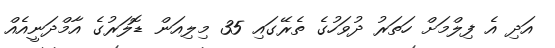
އަދި އެ ފިލްމަށް ހަތަރު ދުވަހުގެ ތެރޭގައި 35 މިލިއަން ޑޮލަރުގެ އާމްދަނީއެއް